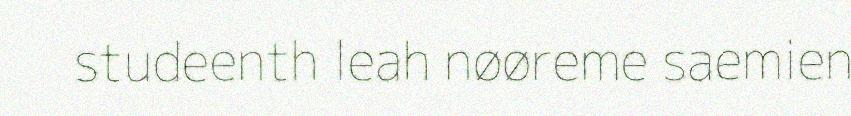
studeenth leah nøøreme saemien